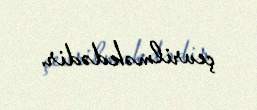
çevrilməkdədir.